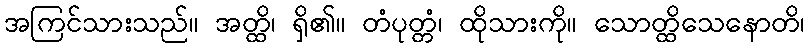
အကြင်သားသည်။ အတ္ထိ၊ ရှိ၏။ တံပုတ္တံ၊ ထိုသားကို။ သောတ္ထိသေနောတိ၊